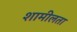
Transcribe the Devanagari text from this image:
शामीलता